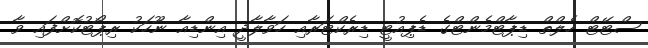
ސްޓޭޓް ހެލްތް ޑިޕާޓްމެންޓްގެ ޑެޕިއުޓީ ޑިރެކްޓަރާއި ހަވާލާދީ އިންޑިއާ ނޫހަކު ރިޕޯޓުކޮށްފައި ވާ